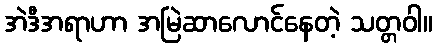
အဲဒီအရာဟာ အမြဲဆာလောင်နေတဲ့ သတ္တဝါ။